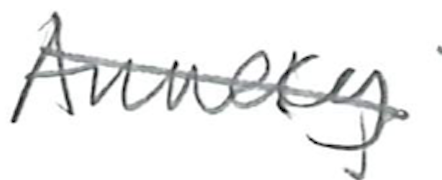
Text: Annecy
Cross-out: diagonal
Writing tool: pencil